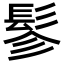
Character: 𩬖